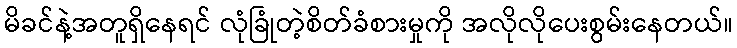
မိခင်နဲ့အတူရှိနေရင် လုံခြုံတဲ့စိတ်ခံစားမှုကို အလိုလိုပေးစွမ်းနေတယ်။